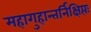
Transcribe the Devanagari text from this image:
महागुहान्तर्निक्षिप्तः